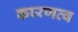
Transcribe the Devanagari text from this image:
कारणत्व